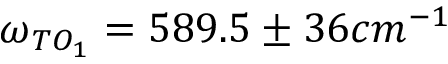
\omega _ { T O _ { 1 } } = 5 8 9 . 5 \pm 3 6 c m ^ { - 1 }